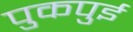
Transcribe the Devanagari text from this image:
पुकपुई